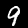
Label: 9